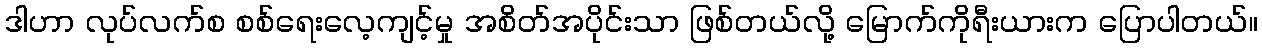
ဒါဟာ လုပ်လက်စ စစ်ရေးလေ့ကျင့်မှု အစိတ်အပိုင်းသာ ဖြစ်တယ်လို့ မြောက်ကိုရီးယားက ပြောပါတယ်။